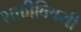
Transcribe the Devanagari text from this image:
शक्तीविषयी